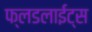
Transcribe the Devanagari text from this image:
फ्लडलाईट्स